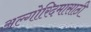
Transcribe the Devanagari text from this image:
अल्गोरिदमासाठी